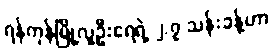
ရန်ကုန်မြို့လူဦးရေရဲ့ ၂.၇ သန်းခန့်ဟာ